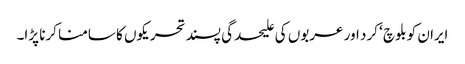
ایران کو بلوچ ‘ کرد اور عربوں کی علیحدگی پسند تحریکوں کا سامنا کرنا پڑا۔